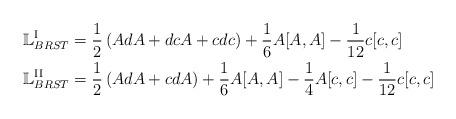
LaTeX: \begin{align*}\mathbb{L}_{BRST}^{\mathrm{I}} & = \frac12 \left(AdA + dc A+ cdc\right) + \frac16 A[A,A] - \frac{1}{12}c[c,c]\\\mathbb{L}_{BRST}^{\mathrm{II}} & = \frac12 \left(AdA + c dA\right) + \frac16 A[A,A] - \frac14A[c,c] - \frac{1}{12}c[c,c]\end{align*}